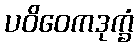
ပဝိဝေကဒုက္ခံ